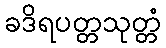
ခဒိရပတ္တသုတ္တံ